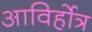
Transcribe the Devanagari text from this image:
आविर्होत्र